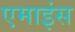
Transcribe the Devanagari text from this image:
एमाइंस